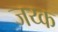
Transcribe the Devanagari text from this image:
जय्क